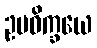
ဥပဓိက္ခယေ